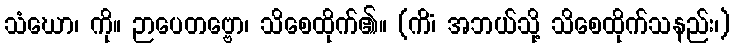
သံဃော၊ ကို။ ဉာပေတဗ္ဗော၊ သိစေထိုက်၏။ (ကိံ၊ အဘယ်သို့ သိစေထိုက်သနည်း၊)